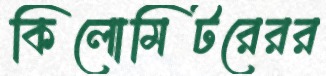
কিলোমিটরেরর